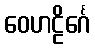
ဝေဟဠိင်္ဂေ